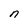
Character: n